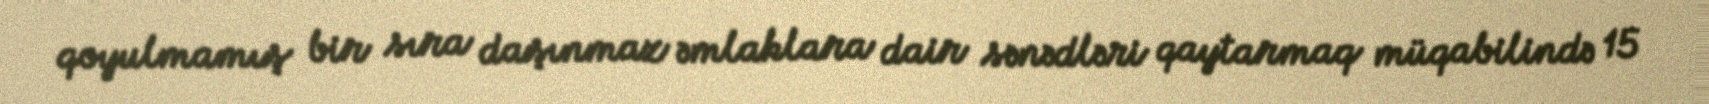
qoyulmamış bir sıra daşınmaz əmlaklara dair sənədləri qaytarmaq müqabilində 15